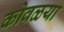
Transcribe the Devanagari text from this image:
कोवळया